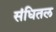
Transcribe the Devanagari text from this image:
संधितल